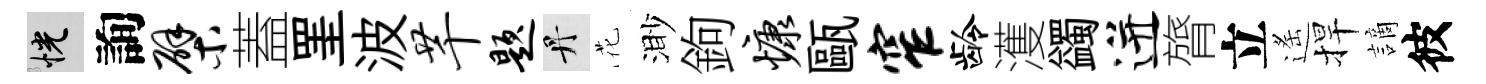
恍詢檗蓋罣波芊题丹花渺鉤慷甌窄龄濩蠲迸膂立遙捍謫彼